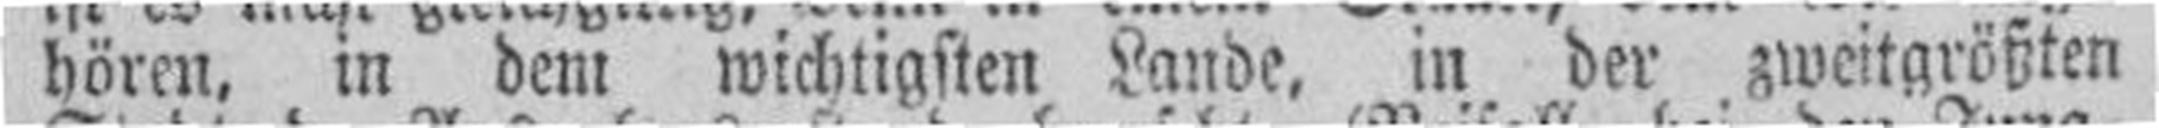
hören, in dem wichtigsten Lande, in der zweitgrößten